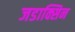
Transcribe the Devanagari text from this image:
जडाक्सिन